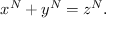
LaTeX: x ^ { N } + y ^ { N } = z ^ { N } .